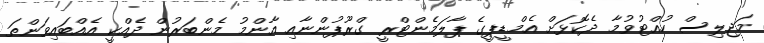
މަޖިލިސް ހުއްޓުވުމާ ދެކޮޅަށް އެމްޑީޕީގެ ޕާލަމެންޓްރީ ގްރޫޕުންނާއި އާންމު މެންބަރުން ދެއްކީ އެއްބައިވަންތަ